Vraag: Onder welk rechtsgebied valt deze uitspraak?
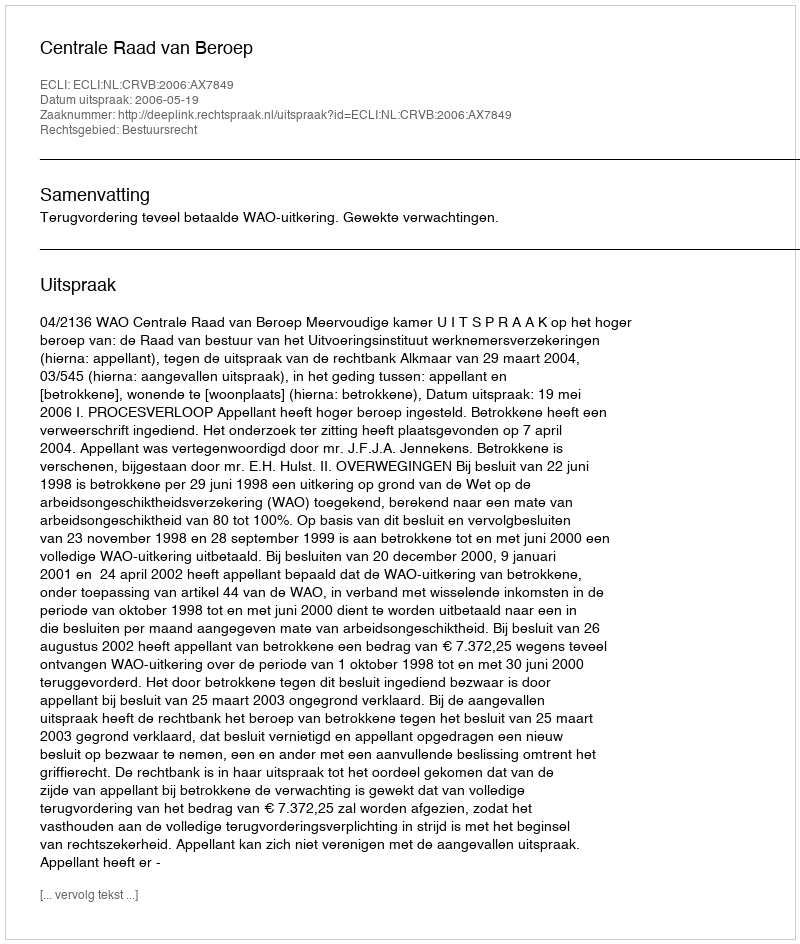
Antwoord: Bestuursrecht